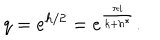
LaTeX: q = e ^ { h / 2 } = e ^ { \frac { \pi i } { k + h ^ { * } } } .